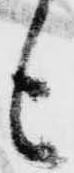
も